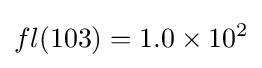
fl(103)=1.0\times 10^{2}